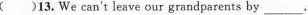
()13. We can't leave our grandparents by ___.